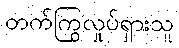
တက်ကြွလှုပ်ရှားသူ